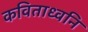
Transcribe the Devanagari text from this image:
कविताध्वनि